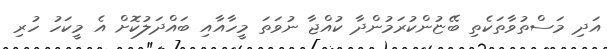
އަދި މަސްތުވާތަކެތި ބޭޏުންކުރަމުންދާ ކުއްޖާ ނުވަތަ މީހާއާއި ބައްދަލުކޮށް އެ މީކަހު ހުރި